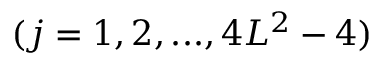
( j = 1 , 2 , . . . , 4 L ^ { 2 } - 4 )